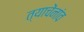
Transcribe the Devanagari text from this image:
त्याचेंनांव